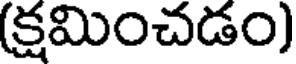
(క్షమించడం)